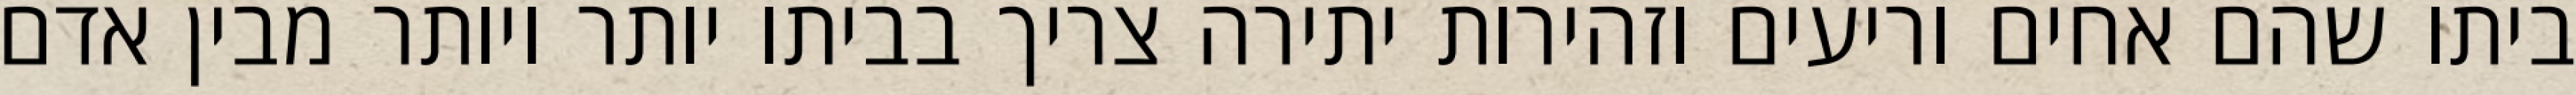
ביתו שהם אחים וריעים וזהירות יתירה צריך בביתו יותר ויותר מבין אדם